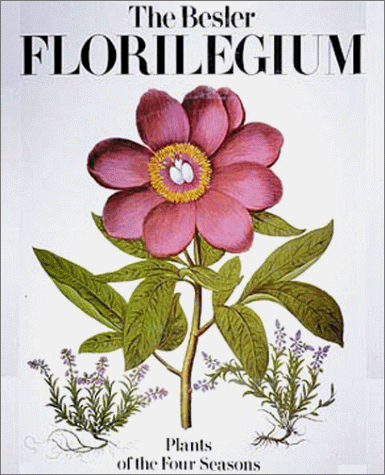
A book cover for The Besler Florilegium: Plants of the Four Seasons; Gerard G. Aymonin; Crafts, Hobbies & Home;